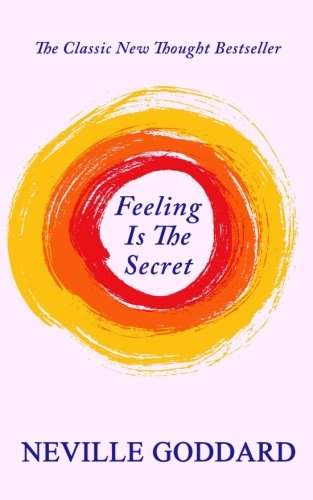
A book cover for Feeling Is The Secret; Neville Goddard; Religion & Spirituality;